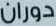
دوران